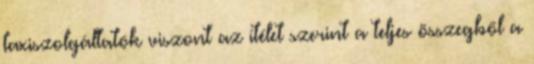
taxiszolgáltatók viszont az ítélet szerint a teljes összegből a